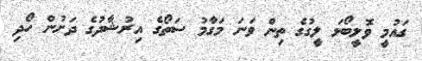
ގައުމީ ވޮލީބޯޅަ ލީގުގެ ތިން ވަނަ މަގާމު ސަތޯގެ އިރުޝާދުގެ ދަށުން ހޯދި